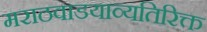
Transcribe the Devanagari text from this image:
मराठवाडयाव्यतिरिक्त